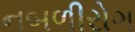
નબળીરોગ